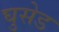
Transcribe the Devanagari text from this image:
घुसेड